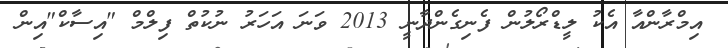
އިމްރާންއާ އެކު ލީޑްރޯލުން ފެނިގެންދާނީ 2013 ވަނަ އަހަރު ނުކުތް ފިލްމް "އިސާކް"އިން